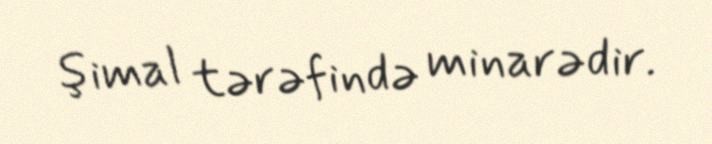
şimal tərəfində minarədir.